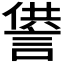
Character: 𧨻